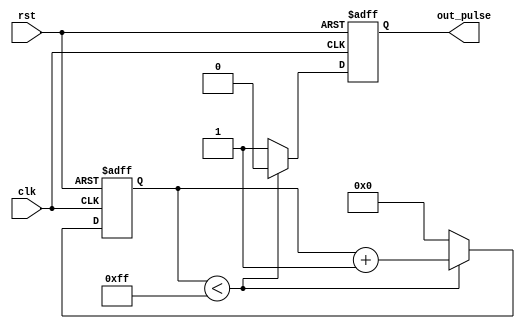
module async_pulse_generator (
    input wire clk,
    input wire rst,
    output reg out_pulse
);

reg [7:0] counter;

always @(posedge clk or posedge rst) begin
    if (rst) begin
        counter <= 8'b00000000;
        out_pulse <= 1'b0;
    end else begin
        if (counter < 8'b11111111) begin
            counter <= counter + 1;
            out_pulse <= 1'b0;
        end else begin
            counter <= 8'b00000000;
            out_pulse <= 1'b1;
        end
    end
end

endmodule